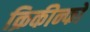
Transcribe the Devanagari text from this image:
क्रिकीन्फो